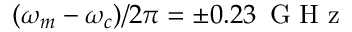
( \omega _ { m } - \omega _ { c } ) / 2 \pi = \pm 0 . 2 3 \, \textrm { G H z }